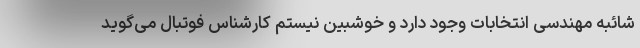
شائبه مهندسی انتخابات وجود دارد و خوشبین نیستم کارشناس فوتبال می‌گوید